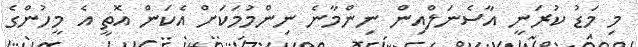
މި މަޑު ކުރަނީ އާސެނަލްއިން ނިންމާނެ ނިންމުމަކަށް އެކަން އޮތީ އެ މީހުންގެ